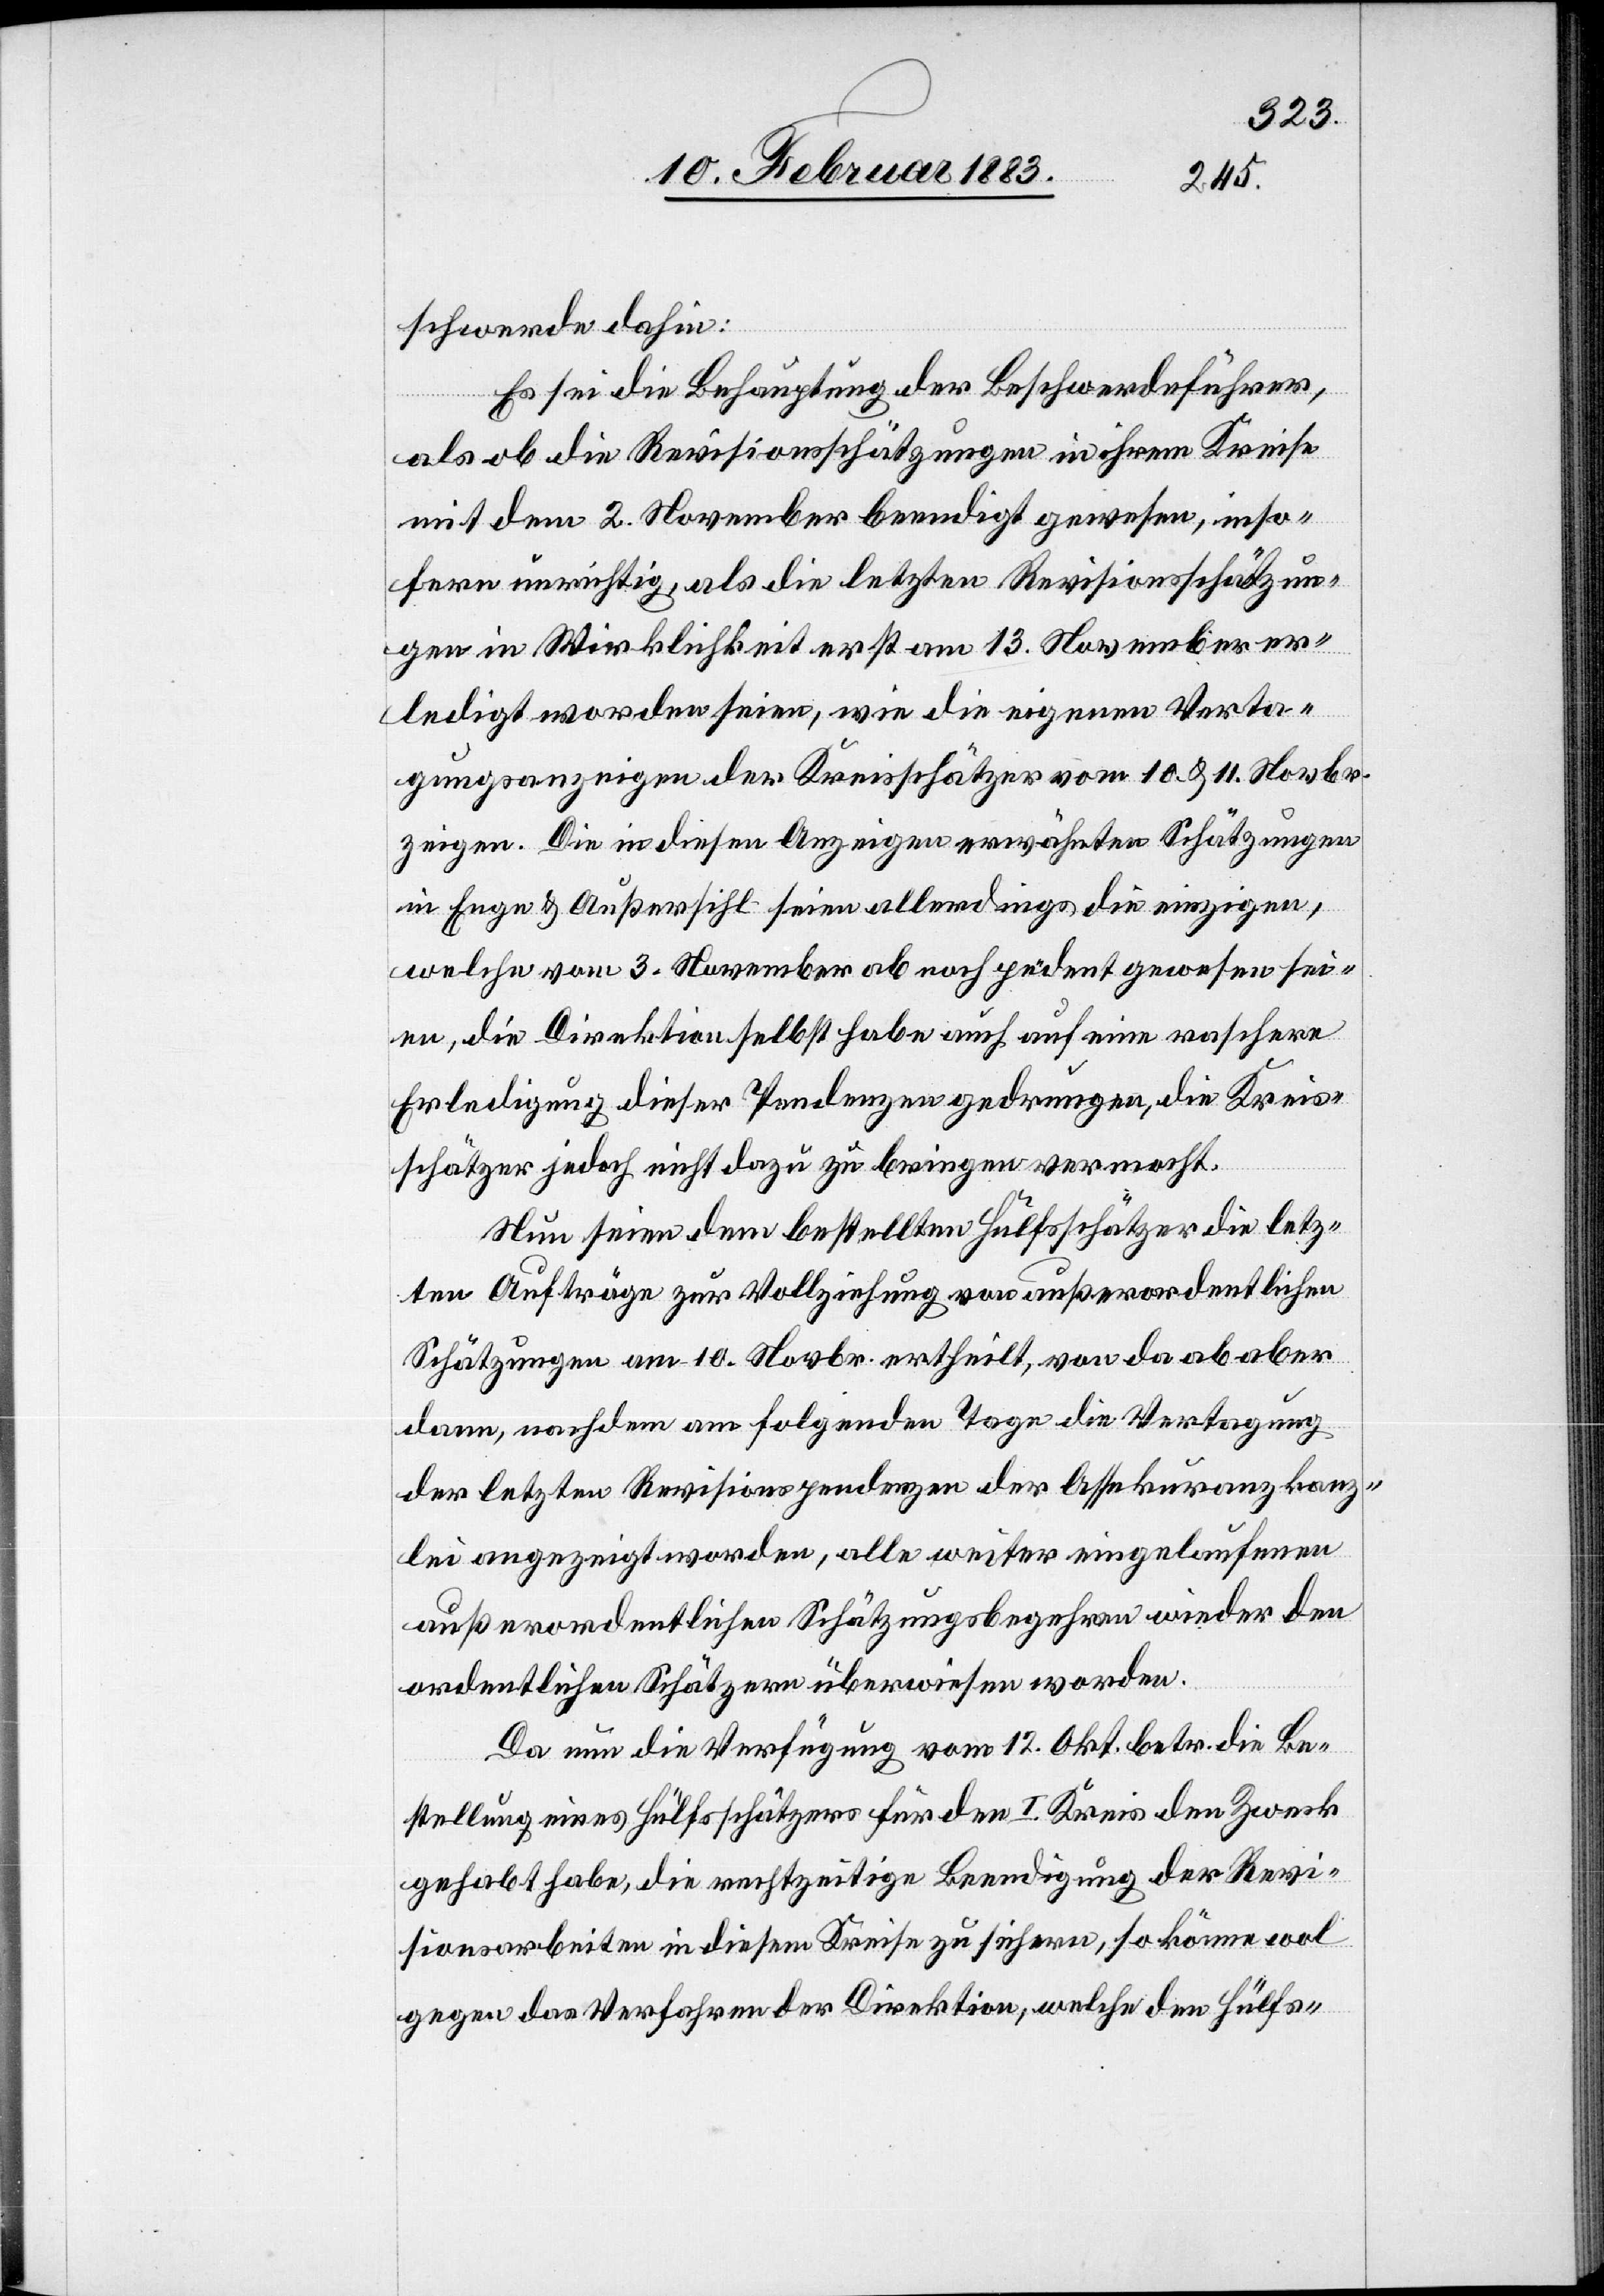
schwerde dahin:
Es sei die Behauptung der Beschwerdeführer,
als ob die Revisionsschätzungen in ihrem Kreise
mit dem 2. November beendigt gewesen, inso¬
fern unrichtig, als die letzten Revisionsschätzun¬
gen in Wirklichkeit erst am 13. November er¬
ledigt worden seien, wie die eigenen Verta¬
gungsanzeigen der Kreisschätzer vom 10. & 11. Novbr.
zeigen. Die in diesen Anzeigen erwähnten Schätzungen
in Enge & Außersihl seien allerdings die einzigen,
welche vom 3. November ab noch pendent gewesen sei¬
en, die Direktion selbst habe auch auf eine raschere
Erledigung dieser Pendenzen gedrungen, die Kreis¬
schätzer jedoch nicht dazu zu bringen vermocht.
Nun seien dem bestellten Hülfsschätzer die letz¬
ten Aufträge zur Vollziehung von außerordentlichen
Schätzungen am 10. Novbr. ertheilt, von da ab aber
dann, nachdem am folgenden Tage die Vertagung
der letzten Revisionspendenzen der Assekuranzkanz¬
lei angezeigt worden, alle weiter eingelaufenen
außerordentlichen Schätzungsbegehren wieder den
ordentlichen Schätzern überwiesen worden.
Da nun die Verfügung vom 12. Okt. betr. die Be¬
stellung eines Hülfsschätzers für den I. Kreis den Zweck
gehabt habe, die rechtzeitige Beendigung der Revi¬
sionsarbeiten in diesem Kreise zu sichern, so könne wol
gegen das Verfahren der Direktion, welche den Hülfs-